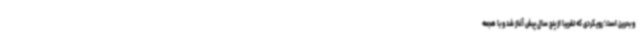
و بحرین است؛ رویکردی که تقریباً از پنج سال پیش آغاز شد و با هجمه